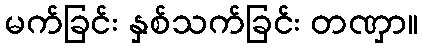
မက်ခြင်း နှစ်သက်ခြင်း တဏှာ။